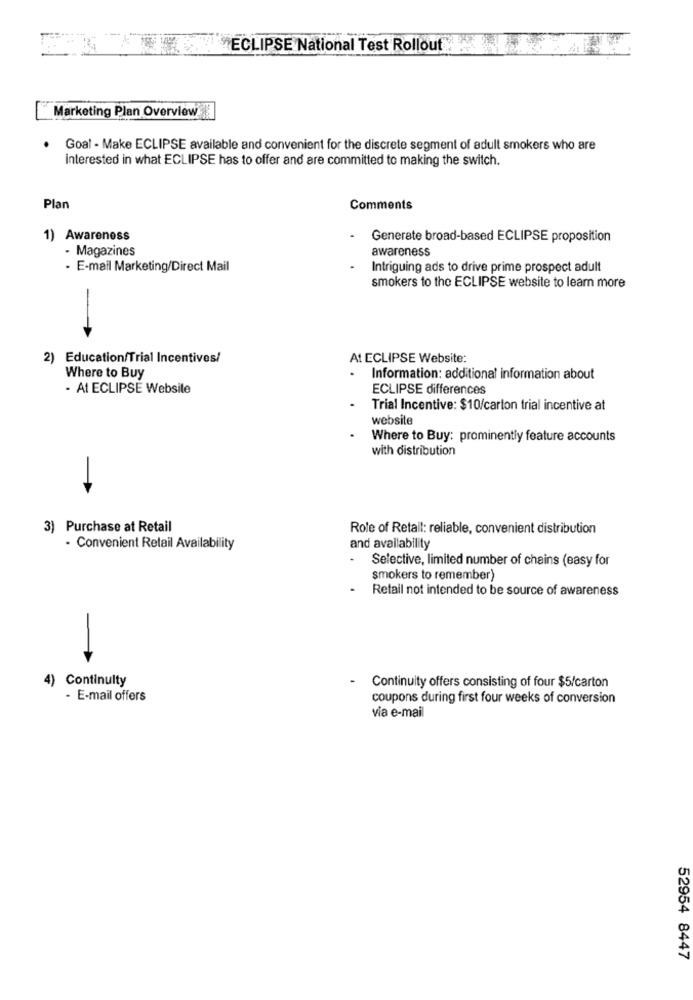
ECLIPSE National Test Rollout
Marketing Plan Overview
Goal - Make ECLIPSE available and convenient for the discrete segment of adult smokers who are
interested in what ECLIPSE has to offer and are committed to making the switch.
Plan
Comments
1) Awareness
Generate broad-based ECLIPSE proposition
-Magazines
awareness
· E-mail Marketing/Direct Mail
Intriguing ads to drive prime prospect adult
smokers to the ECLIPSE website to learn more
2) Education/Trial Incentives/
At ECLIPSE Website:
Where to Buy
Information: additional information about
- At ECLIPSE Website
ECLIPSE differences
Trial Incentive: $10/carton trial incentive at
website
Where to Buy: prominently feature accounts
with distribution
3) Purchase at Retail
Role of Retail: reliable, convenient distribution
- Convenient Retail Availability
and availability
Selective, limited number of chains (easy for
smokers to remember)
Retail not intended to be source of awareness
4) Continuity
Continuity offers consisting of four $5/carton
- E-mail offers
coupons during first four weeks of conversion
via e-mail
52954 8447